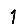
Digit: 1